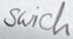
Text: Swich